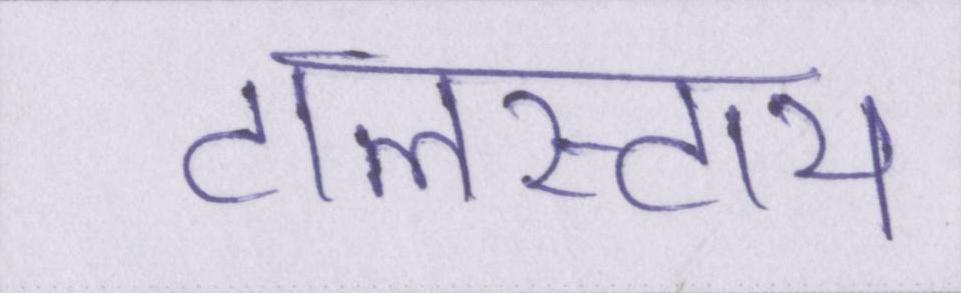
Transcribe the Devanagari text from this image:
टालस्टाय